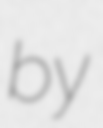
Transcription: by